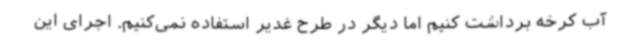
آب کرخه برداشت کنیم اما دیگر در طرح غدیر استفاده نمی‌کنیم. اجرای این